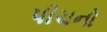
પીચનો